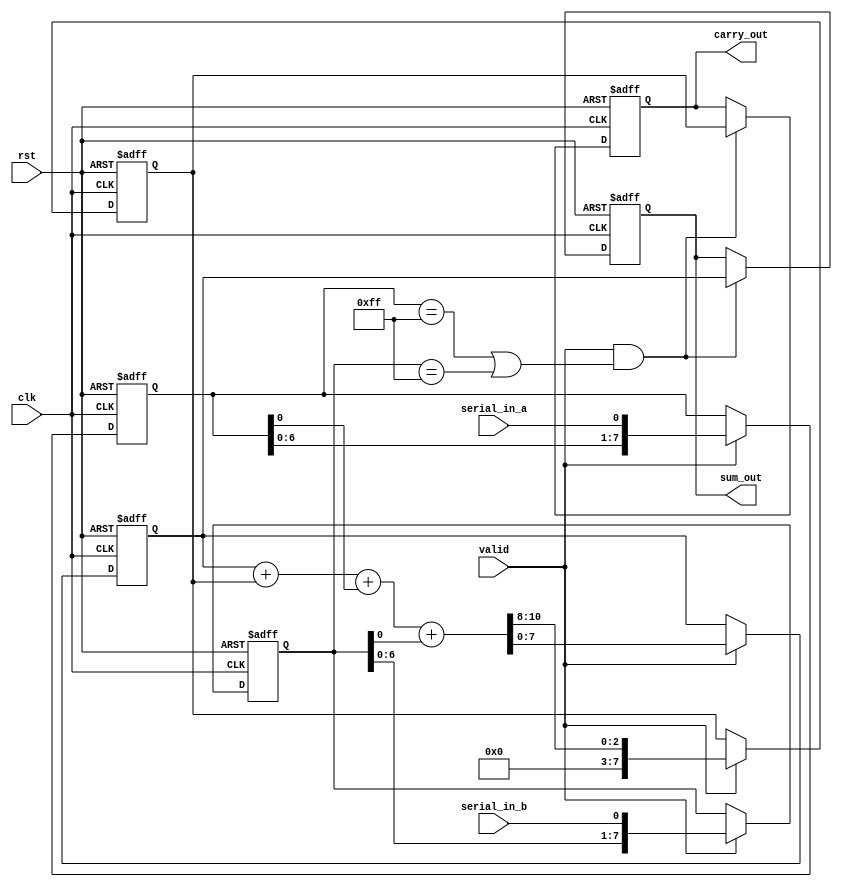
module CarrySaveAdder (
    input clk,
    input rst,
    input serial_in_a, // Serial input bit for number A
    input serial_in_b, // Serial input bit for number B
    input valid,       // Signal to indicate valid incoming data
    output reg [N-1:0] sum_out, // Final sum output
    output reg [N-1:0] carry_out // Final carry output
);
    parameter N = 8; // Bit width of inputs
    reg [N-1:0] a_reg, b_reg; // Registers to hold the input numbers
    reg [N-1:0] sum; // Store intermediate sum
    reg [N-1:0] carry; // Store intermediate carry

    // Sequential Logic for serial input reception
    always @(posedge clk or posedge rst) begin
        if (rst) begin
            a_reg <= 0;
            b_reg <= 0;
            sum <= 0;
            carry <= 0;
        end else if (valid) begin
            // Shift in the incoming bits for each number
            a_reg <= {a_reg[N-2:0], serial_in_a};
            b_reg <= {b_reg[N-2:0], serial_in_b};
            
            // Add bits from the registers
            {carry, sum} <= sum + carry + {1'b0, a_reg[0]} + {1'b0, b_reg[0]};
        end
    end

    // Final output logic after all bits are received
    always @(posedge clk or posedge rst) begin
        if (rst) begin
            sum_out <= 0;
            carry_out <= 0;
        end else if (valid && (a_reg == {N{1'b1}} || b_reg == {N{1'b1}})) begin
            // Once all bits are received, provide final sums
            sum_out <= sum;
            carry_out <= carry;
        end
    end
endmodule